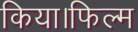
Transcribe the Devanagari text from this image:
किया।फिल्म